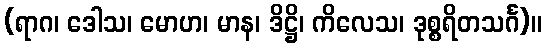
(ရာဂ၊ ဒေါသ၊ မောဟ၊ မာန၊ ဒိဋ္ဌိ၊ ကိလေသ၊ ဒုစ္စရိတသင်္ဂ)။